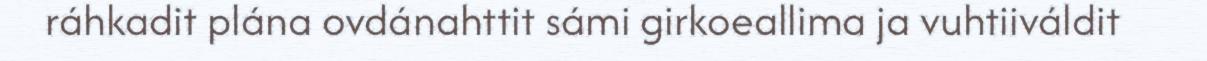
ráhkadit plána ovdánahttit sámi girkoeallima ja vuhtiiváldit